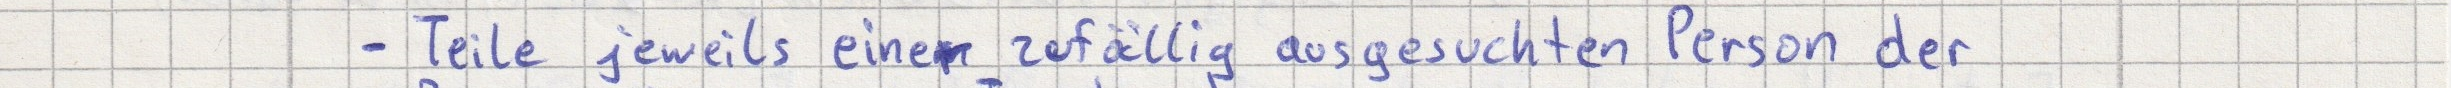
- Teile jeweils einer zufällig ausgesuchten Person der